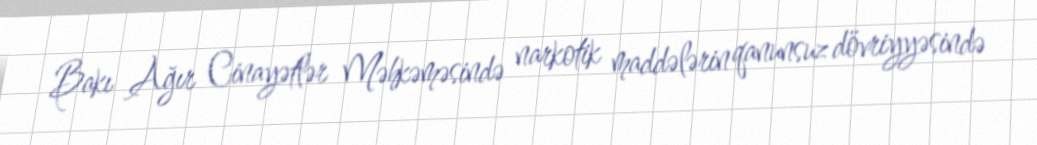
Bakı Ağır Cinayətlər Məhkəməsində narkotik maddələrin qanunsuz dövriyyəsində